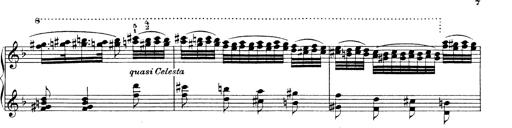
Title: Hungarian Rhapsody No.19
Composer: Franz Liszt
Key: D minor